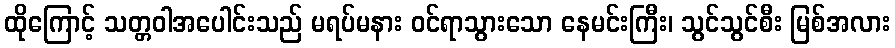
ထိုကြောင့် သတ္တဝါအပေါင်းသည် မရပ်မနား ဝင်ရာသွားသော နေမင်းကြီး၊ သွင်သွင်စီး မြစ်အလား